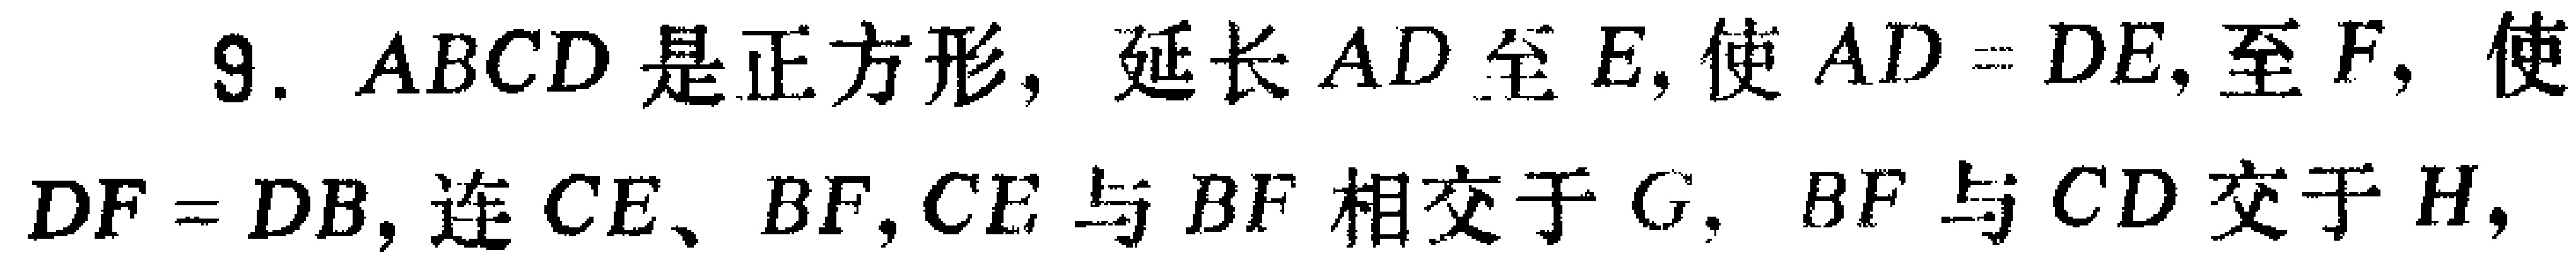
9. \(ABCD\)是正方形，延长\(AD\)至\(E\)，使\(AD = DE\)，至\(F\)，使\(DF = DB\)，连\(CE\)、\(BF\)，\(CE\)与\(BF\)相交于\(G\)，\(BF\)与\(CD\)交于\(H\)，